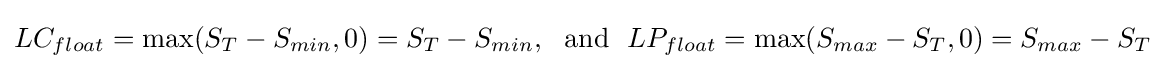
LC_{float}=\max(S_{T}-S_{min},0)=S_{T}-S_{min},~~{\text{and}}~~LP_{float}=\max(S_{max}-S_{T},0)=S_{max}-S_{T}